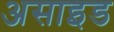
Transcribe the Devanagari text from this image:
असाइड